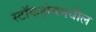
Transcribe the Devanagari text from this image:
स्टॉकहोममधील